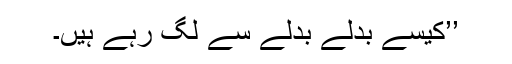
’’کیسے بدلے بدلے سے لگ رہے ہیں۔